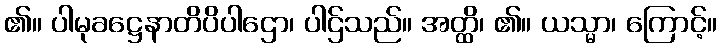
၏။ ပါမုခဋ္ဌေနာတိပိပါဌော၊ ပါဌ်သည်။ အတ္ထိ၊ ၏။ ယသ္မာ၊ ကြောင့်။